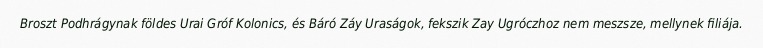
Broszt Podhrágynak földes Urai Gróf Kolonics, és Báró Záy Uraságok, fekszik Zay Ugróczhoz nem meszsze, mellynek filiája.